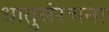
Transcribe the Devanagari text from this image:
धातुसंरचना